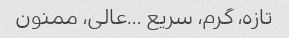
تازه، گرم، سریع …عالی، ممنون